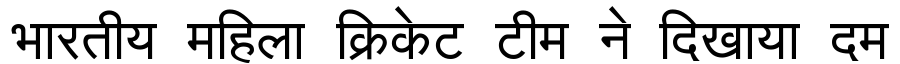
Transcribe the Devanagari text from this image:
भारतीय महिला क्रिकेट टीम ने दिखाया दम